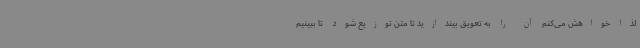
لذا خواهش می‌کنم آن را به تعویق بیندازید تا متن توزیع شود تا ببینیم